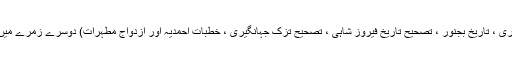
پہلے زمرے میں ۹ تصانیف (جام جم ، آثار الصنادید ، سلسلتہ الملوک ، تصحیح آئین اکبری ، تاریخ بجنور ، تصحیح تاریخ فیروز شاہی ، تصحیح تزک جہانگیری ، خطبات احمدیہ اور ازدواج مطہرات) دوسرے زمرے میں سرسید نے صرف دو تصانیف (سرکشی ضلع بجنور اور اسباب بغاوت ہند) لکھی ہیں ۔